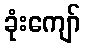
ခုံးကျော်